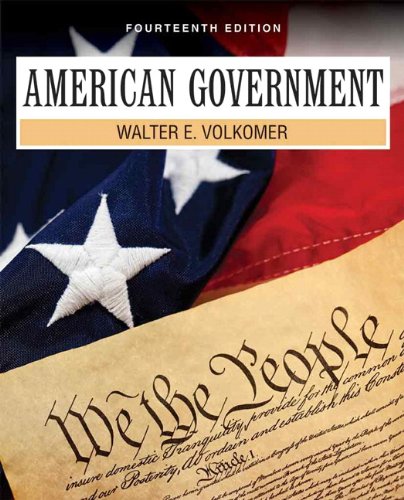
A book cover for American Government (14th Edition); Walter E. Volkomer; Politics & Social Sciences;